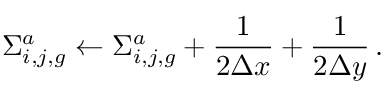
\Sigma _ { i , j , g } ^ { a } \leftarrow \Sigma _ { i , j , g } ^ { a } + \frac { 1 } { 2 \Delta x } + \frac { 1 } { 2 \Delta y } \, .